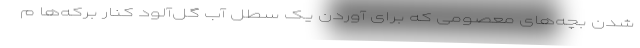
شدن بچه‌های معصومی که برای آوردن یک سطل آب گل‌آلود کنار برکه‌ها م